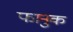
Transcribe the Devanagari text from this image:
फानुक